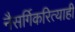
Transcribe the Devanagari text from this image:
नैसर्गिकरित्याही